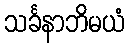
သင်္ခနာဘိမယံ